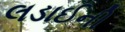
લડાઈની